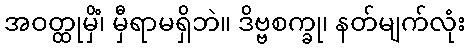
အဝတ္ထုမှိံ၊ မှီရာမရှိဘဲ။ ဒိဗ္ဗစက္ခု၊ နတ်မျက်လုံး